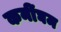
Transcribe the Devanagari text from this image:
कनींघम